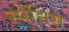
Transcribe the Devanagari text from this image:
स्पेनिस